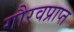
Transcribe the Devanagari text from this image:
गौरवप्राप्त